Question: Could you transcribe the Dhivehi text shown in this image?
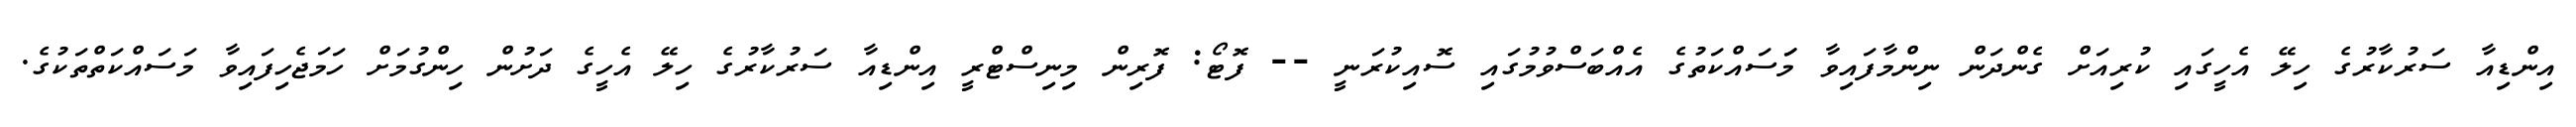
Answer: އިންޑިއާ ސަރުކާރުގެ ހިލޭ އެހީގައި ކުރިއަށް ގެންދަން ނިންމާފައިވާ މަަސައްކަތުގެ އެއްބަސްވުމުގައި ސޮއިކުރަނީ -- ފޮޓޯ: ފޮރިން މިނިސްޓްރީ އިންޑިއާ ސަރުކާރުގެ ހިލޭ އެހީގެ ދަށުން ހިންގުމަށް ހަމަޖެހިފައިވާ މަސައްކަތްތަކުގެ.